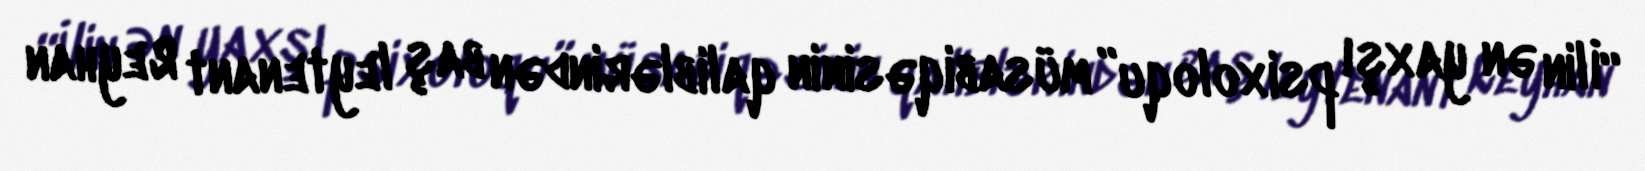
“İlin ən yaxşı psixoloqu” müsabiqəsinin qaliblərindən baş leytenant Reyhan